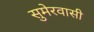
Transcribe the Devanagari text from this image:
सुमेरवासी